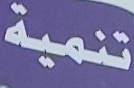
تنمية